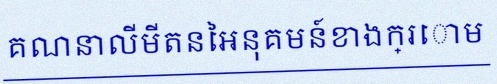
គណនាលីមីតនៃអនុគមន៍ខាងក្រោម